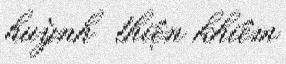
huỳnh thiện khiêm